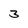
Character: 3